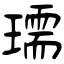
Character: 瓀